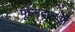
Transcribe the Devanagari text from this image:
फूलदानओं